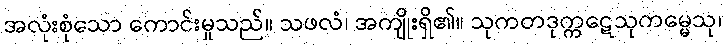
အလုံးစုံသော ကောင်းမှုသည်။ သဖလံ၊ အကျိုးရှိ၏။ သုကတဒုက္ကဋေသုကမ္မေသု၊